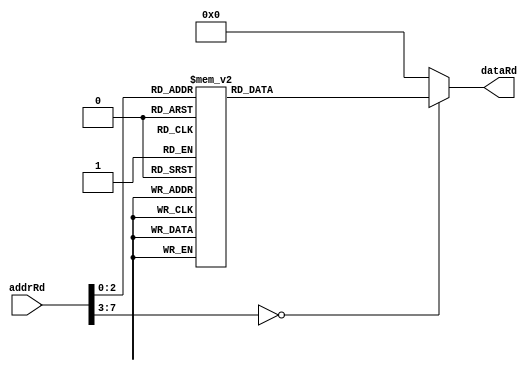
module ROM(addrRd, dataRd);
input [7:0] addrRd;
output reg [15:0] dataRd;
always @(*) 
    begin
        case(addrRd)
            8'd0    : dataRd = 16'b00000001_10000000;
            8'd1    : dataRd = 16'b00000010_10000000;
            8'd2    : dataRd = 16'b00000100_10000000;
            8'd3    : dataRd = 16'b00001000_10000000;
            8'd4    : dataRd = 16'b00010000_10000000;
            8'd5    : dataRd = 16'b00100000_10000000;
            8'd6    : dataRd = 16'b01000000_10000000;
            8'd7    : dataRd = 16'b10000000_10000000;
            default : dataRd = 16'b00000000_00000000;
        endcase
    end
endmodule